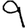
Digit: 9